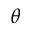
\theta